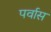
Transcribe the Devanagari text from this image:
पर्वास